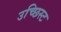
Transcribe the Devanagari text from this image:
उच्छिस्ट